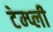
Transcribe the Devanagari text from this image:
टेम्प्ली